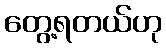
တွေ့ရတယ်ဟု